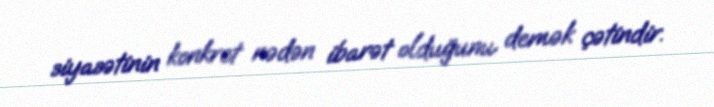
siyasətinin konkret nədən ibarət olduğunu demək çətindir.